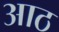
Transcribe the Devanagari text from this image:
अाठ